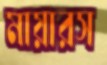
মায়ারস